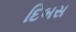
દિબસ